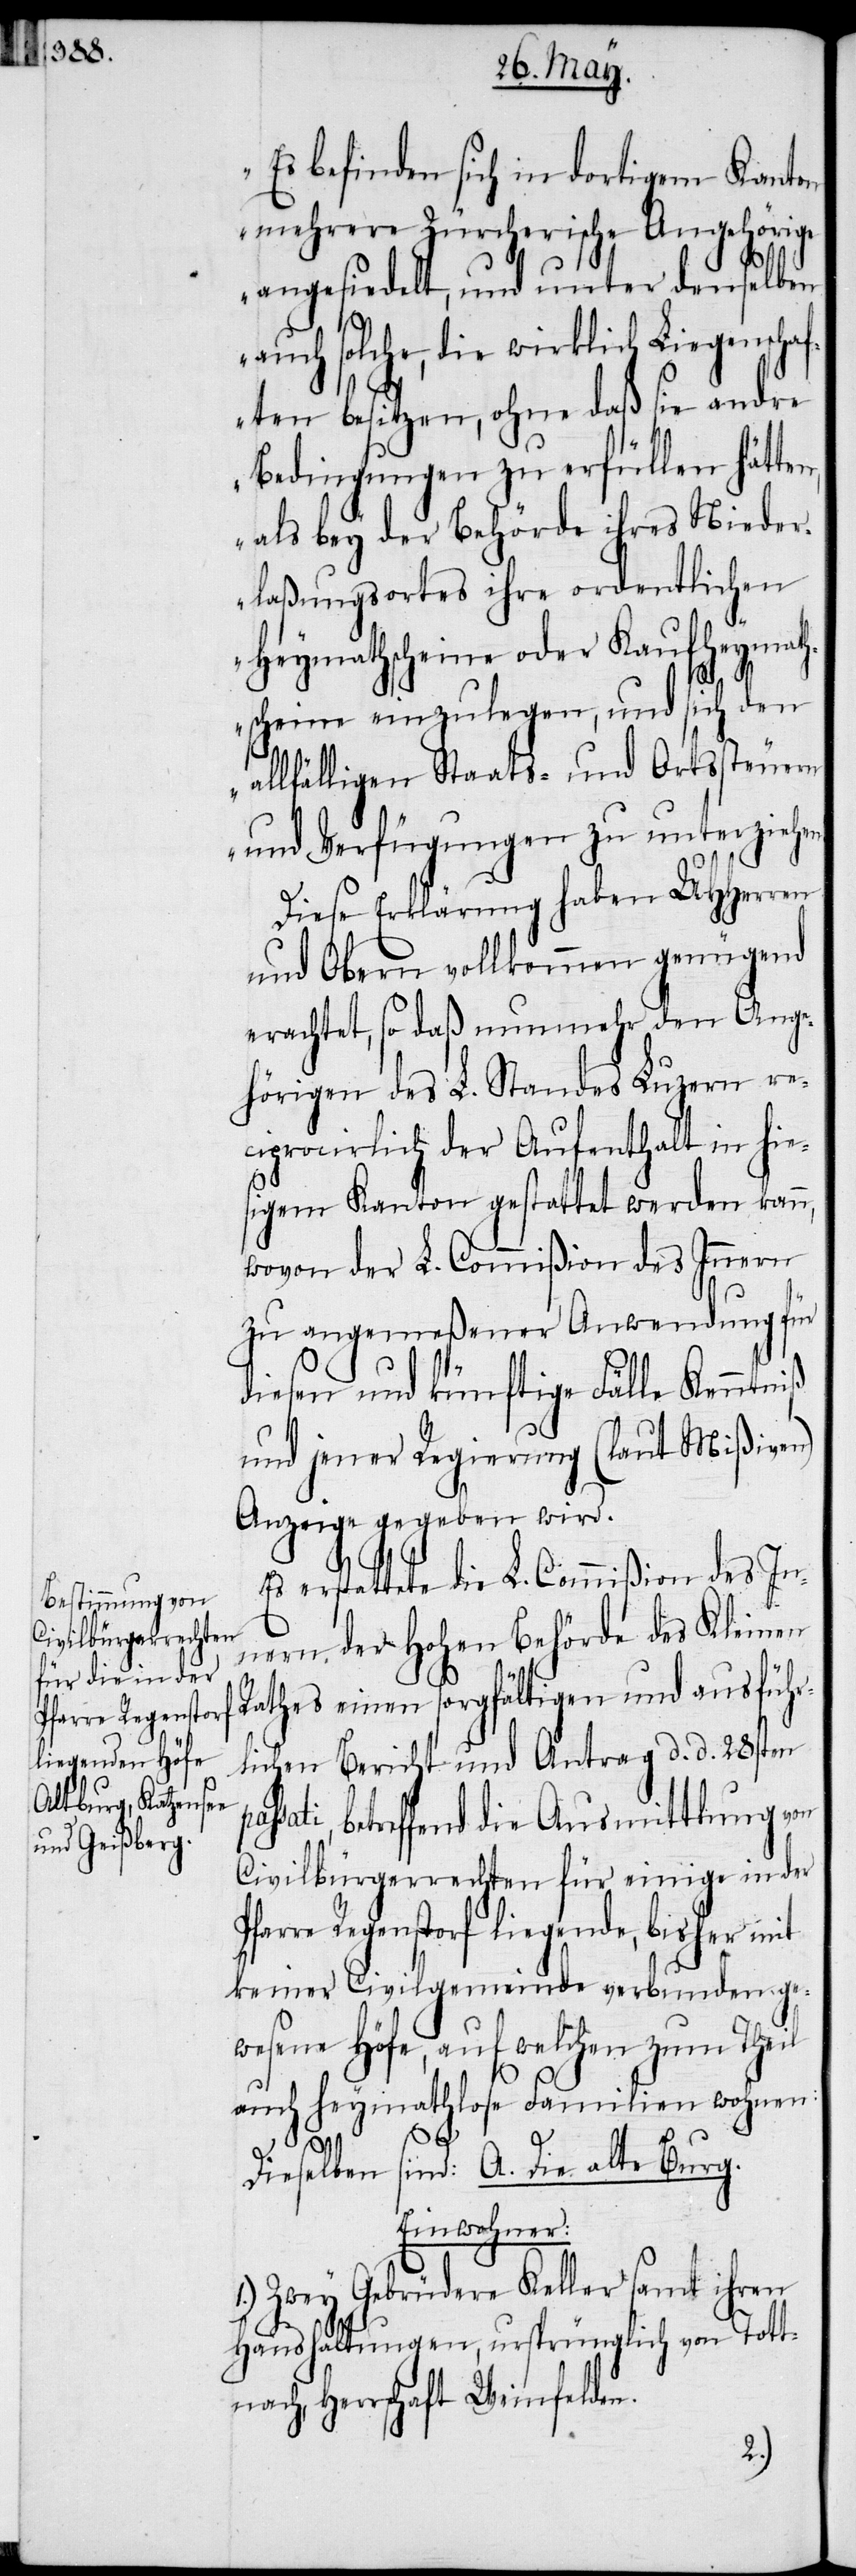
„Es befinden sich in dortigem Kanton
mehrere Zürcherische Angehörige
angesiedelt, und unter denselben
auch solche, die wirklich Liegenschaf¬
ten besitzen, ohne daß sie andre
Bedingungen zu erfüllen hätten,
als bey der Behörde ihres Nieder¬
laßungsortes ihre ordentlichen
Heymathscheine oder Kaufheymath¬
scheine einzulegen, und sich den
allfälligen Staats- und Ortssteuern
und Verfügungen zu unterziehe¬
Diese Erklärung haben UHHerren
und Obern vollkommen genügend
erachtet, so daß nunmehr den Ange¬
hörigen des L. Standes Luzern re¬
ciprocirlich der Aufenthalt in hie¬
sigem Kanton gestattet werden kann,
wovon der L. Commißion des Innern
zu angemeßener Anwendung für
diesen und künftige Fälle Kenntniß
und jener Regierung (laut Mißiven)
Anzeige gegeben wird.
erstattete die L. Commißion des In¬
nern der Hohen Behörde des Kleinen
Rathes einen sorgfältigen und ausführ¬
lichen Bericht und Antrag d. d. 28sten
sati, betreffend die Ausmittlung von
Civilbürgerrechten für einige in der
Pfarre Regenstorf liegende, bisher mit
keiner Civilgemeinde verbunden ge¬
wesene Höfe, auf welchen zum Theil
auch heymathlose Familien wohnen:
pas¬
Burg.
Einwohner:
1.) Zwey Gebrüdere Keller samt ihren
Haushaltungen, ursprünglich von Tott¬
nach, Herrschaft Weinfelden.
n.“